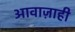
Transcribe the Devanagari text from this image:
आवाज़ाही